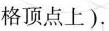
顶点上).